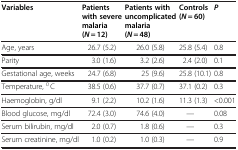
<table><thead><tr><td><b>Variables</b></td><td><b>Patients with severe malaria (<i>N</i> = 12)</b></td><td><b>Patients with uncomplicated malaria(<i>N</i> = 48)</b></td><td><b>Controls(<i>N</i> = 60)</b></td><td><b><i>P</i></b></td></tr></thead><tbody><tr><td>Age, years</td><td>26.7 (5.2)</td><td>26.0 (5.8)</td><td>25.8 (5.4)</td><td>0.8</td></tr><tr><td>Parity</td><td>3.0 (1.6)</td><td>3.2 (2.6)</td><td>2.4 (2.0)</td><td>0.1</td></tr><tr><td>Gestational age, weeks</td><td>24.7 (6.8)</td><td>25 (9.6)</td><td>25.8 (10.1)</td><td>0.8</td></tr><tr><td>Temperature, <sup>0</sup> C</td><td>38.5 (0.6)</td><td>37.7 (0.7)</td><td>37.1 (0.2)</td><td>0.3</td></tr><tr><td>Haemoglobin, g/dl</td><td>9.1 (2.2)</td><td>10.2 (1.6)</td><td>11.3 (1.3)</td><td>&lt;0.001</td></tr><tr><td>Blood glucose, mg/dl</td><td>72.4 (3.0)</td><td>74.6 (4.0)</td><td>—</td><td>0.08</td></tr><tr><td>Serum bilirubin, mg/dl</td><td>2.0 (0.7)</td><td>1.8 (0.6)</td><td>—</td><td>0.3</td></tr><tr><td>Serum creatinine, mg/dl</td><td>1.0 (0.2)</td><td>1.0 (0.3)</td><td>—</td><td>0.9</td></tr></tbody></table>